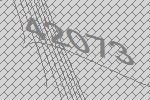
42073